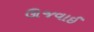
ઊજવાઈ